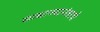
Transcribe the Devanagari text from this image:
साम्राज्यानंतरचे